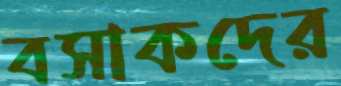
বসাকদের